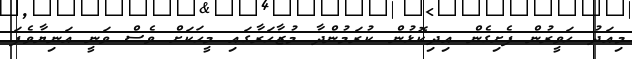
މިއަދު ހަވީރުން ފެށިގެން އިދިކޮޅުން ކުރަމުންދާ މުޒާހަރާގައި މީހަކަށް ވެސް ވަނީ އަނިޔާވެފަ